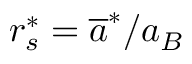
r _ { s } ^ { * } = \overline { { a } } ^ { * } / { a _ { B } }